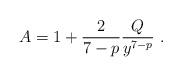
LaTeX: \begin{align*}A = 1 + \frac{2}{7-p} \frac{Q}{y^{7-p}} \ . \end{align*}